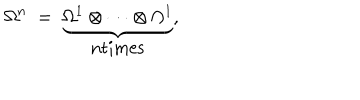
\Omega ^ { n } \; = \; \underbrace { \Omega ^ { 1 } \otimes \cdots \otimes \Omega ^ { 1 } } _ { \mathrm { n t i m e s } } ,